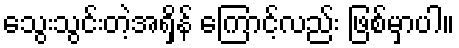
သွေးသွင်းတဲ့အရှိန် ကြောင့်လည်း ဖြစ်မှာပါ။